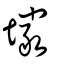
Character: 壧